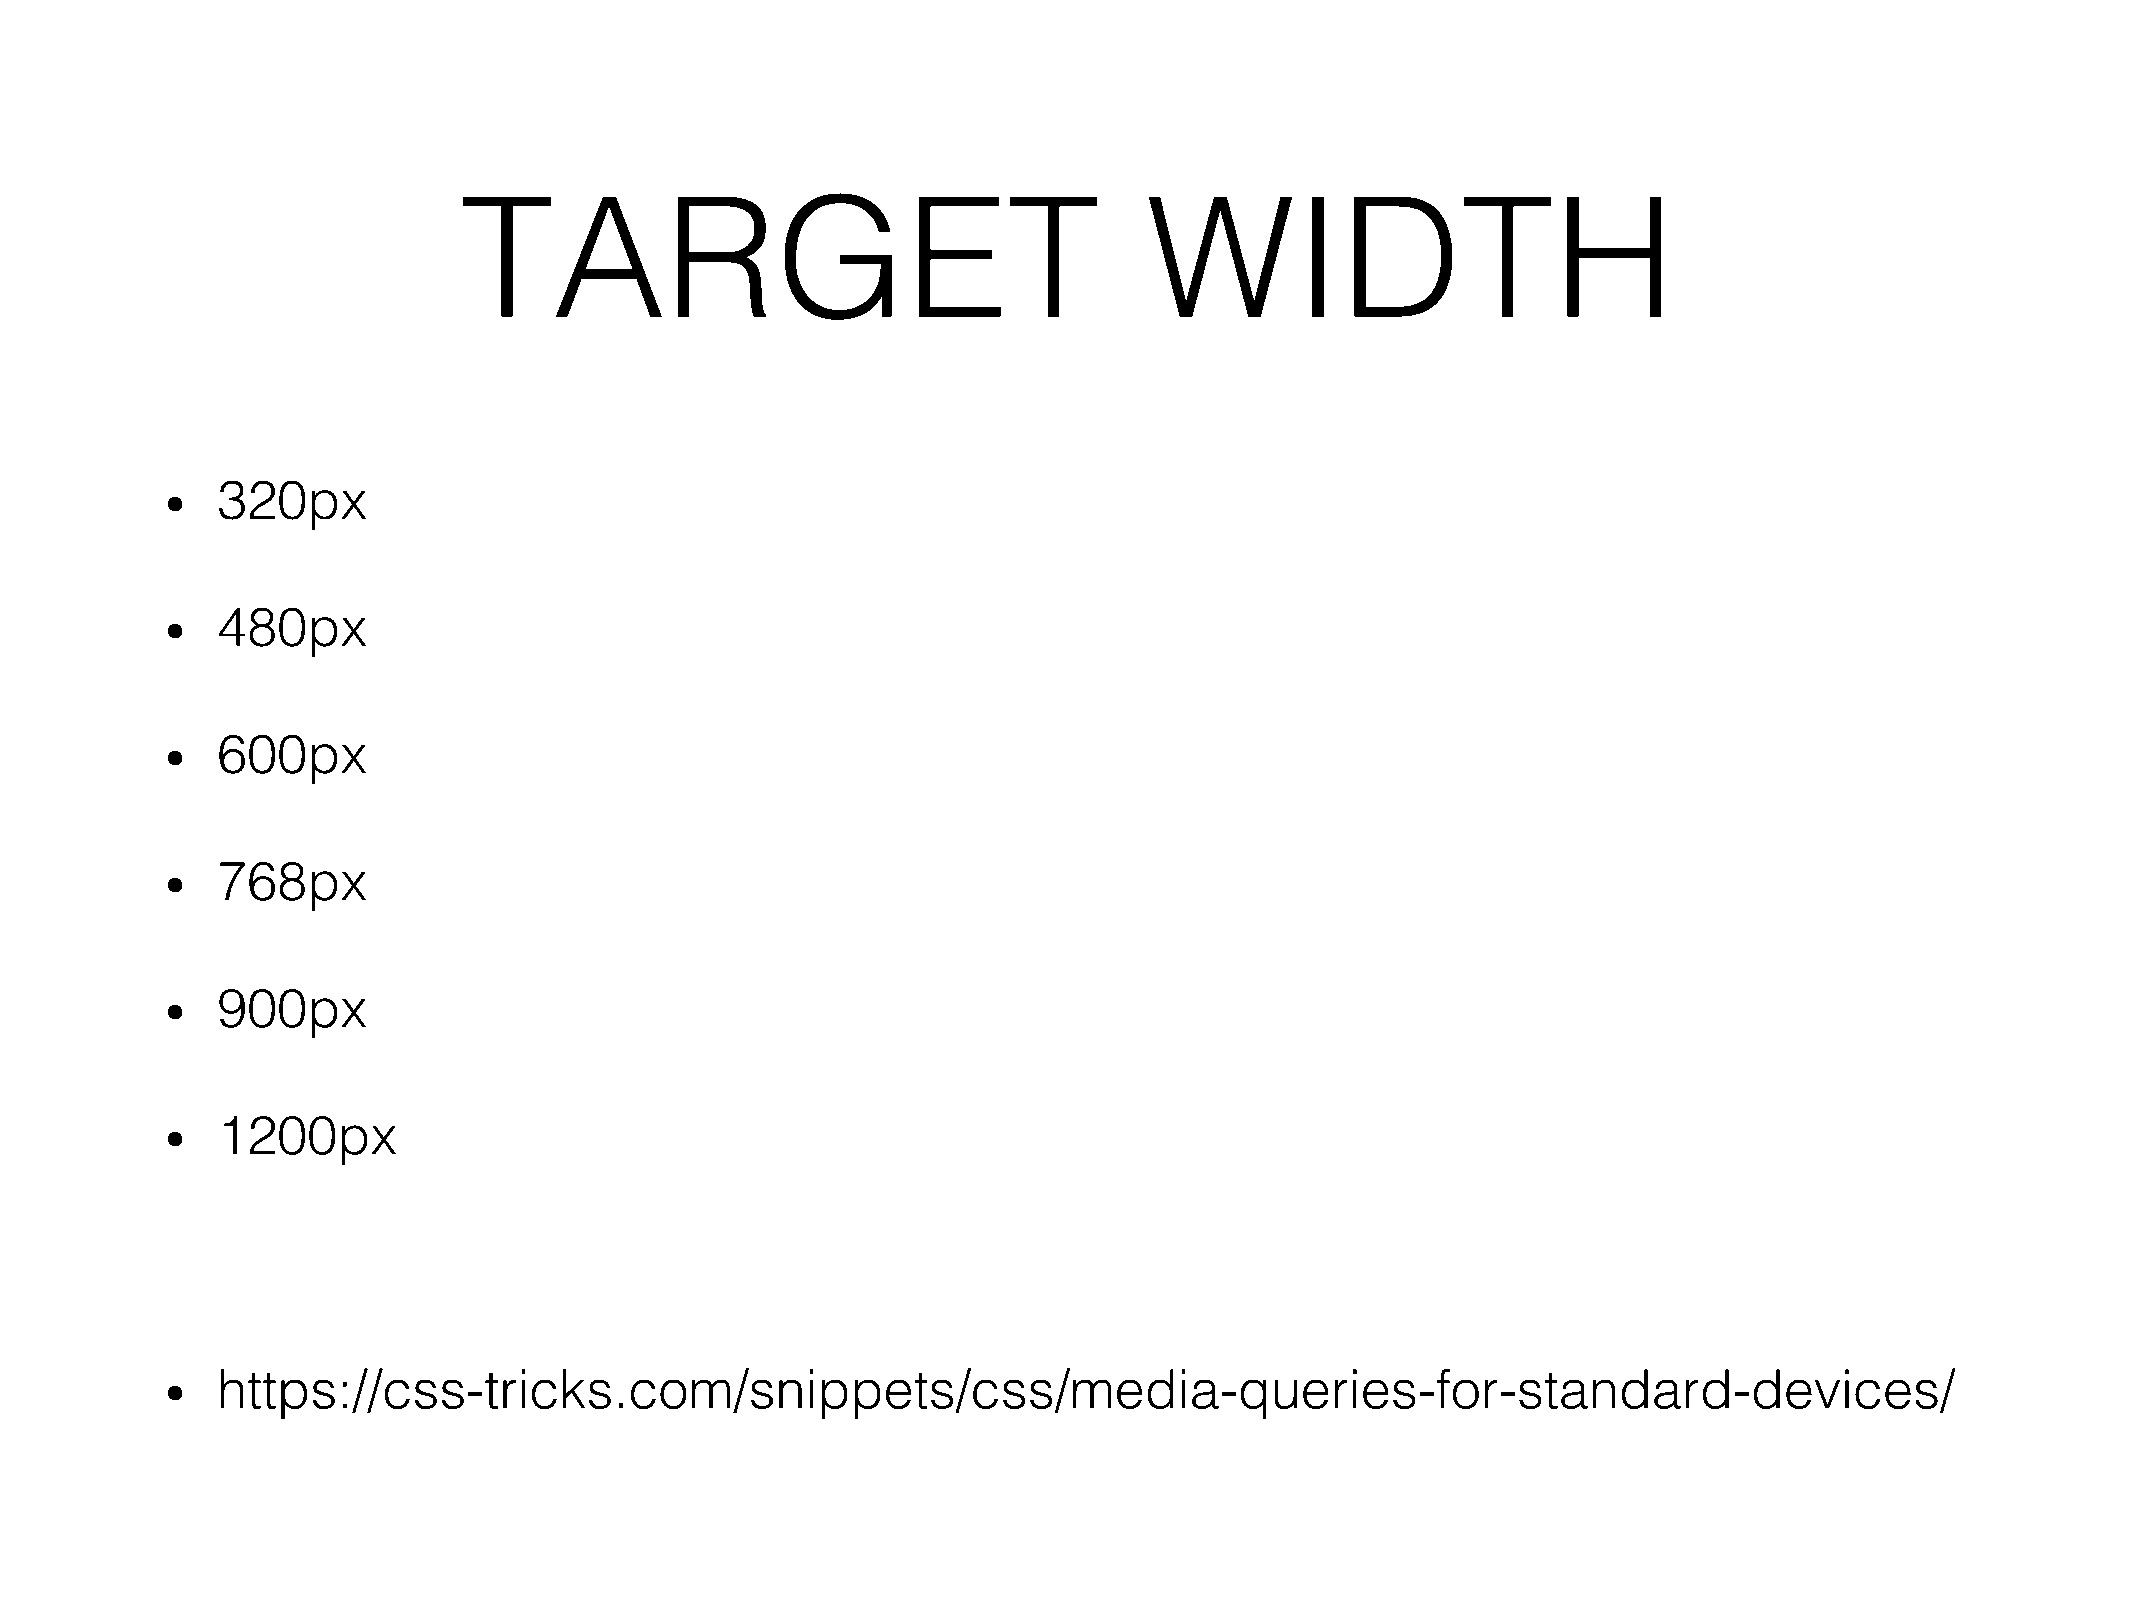
TARGET                                        WIDTH!
 320px!
 •
 480px!
 •
 600px!
 •
 768px!
 •
 900px!
 •
 1200px!
 •
 https://css-tricks.com/snippets/css/media-queries-for-standard-devices/!
 •